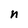
Character: n